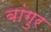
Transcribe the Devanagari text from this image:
बांगुर